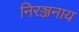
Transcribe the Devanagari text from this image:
निरञ्जनाय